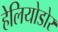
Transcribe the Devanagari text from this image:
हेलियोडोर